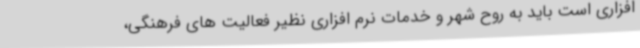
افزاری است باید به روح شهر و خدمات نرم افزاری نظیر فعالیت های فرهنگی،